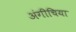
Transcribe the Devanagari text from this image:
अंगीचिया